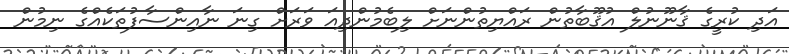
އަދި ކުރީގެ ޤާނޫނުލް އުޤޫބާތުން ރައްޔިތުންނަށް ލިބެމުންދިއަ ވަރަށް ގިނަ ނާއިންސާފުތަކެއްގެ ނިމުން